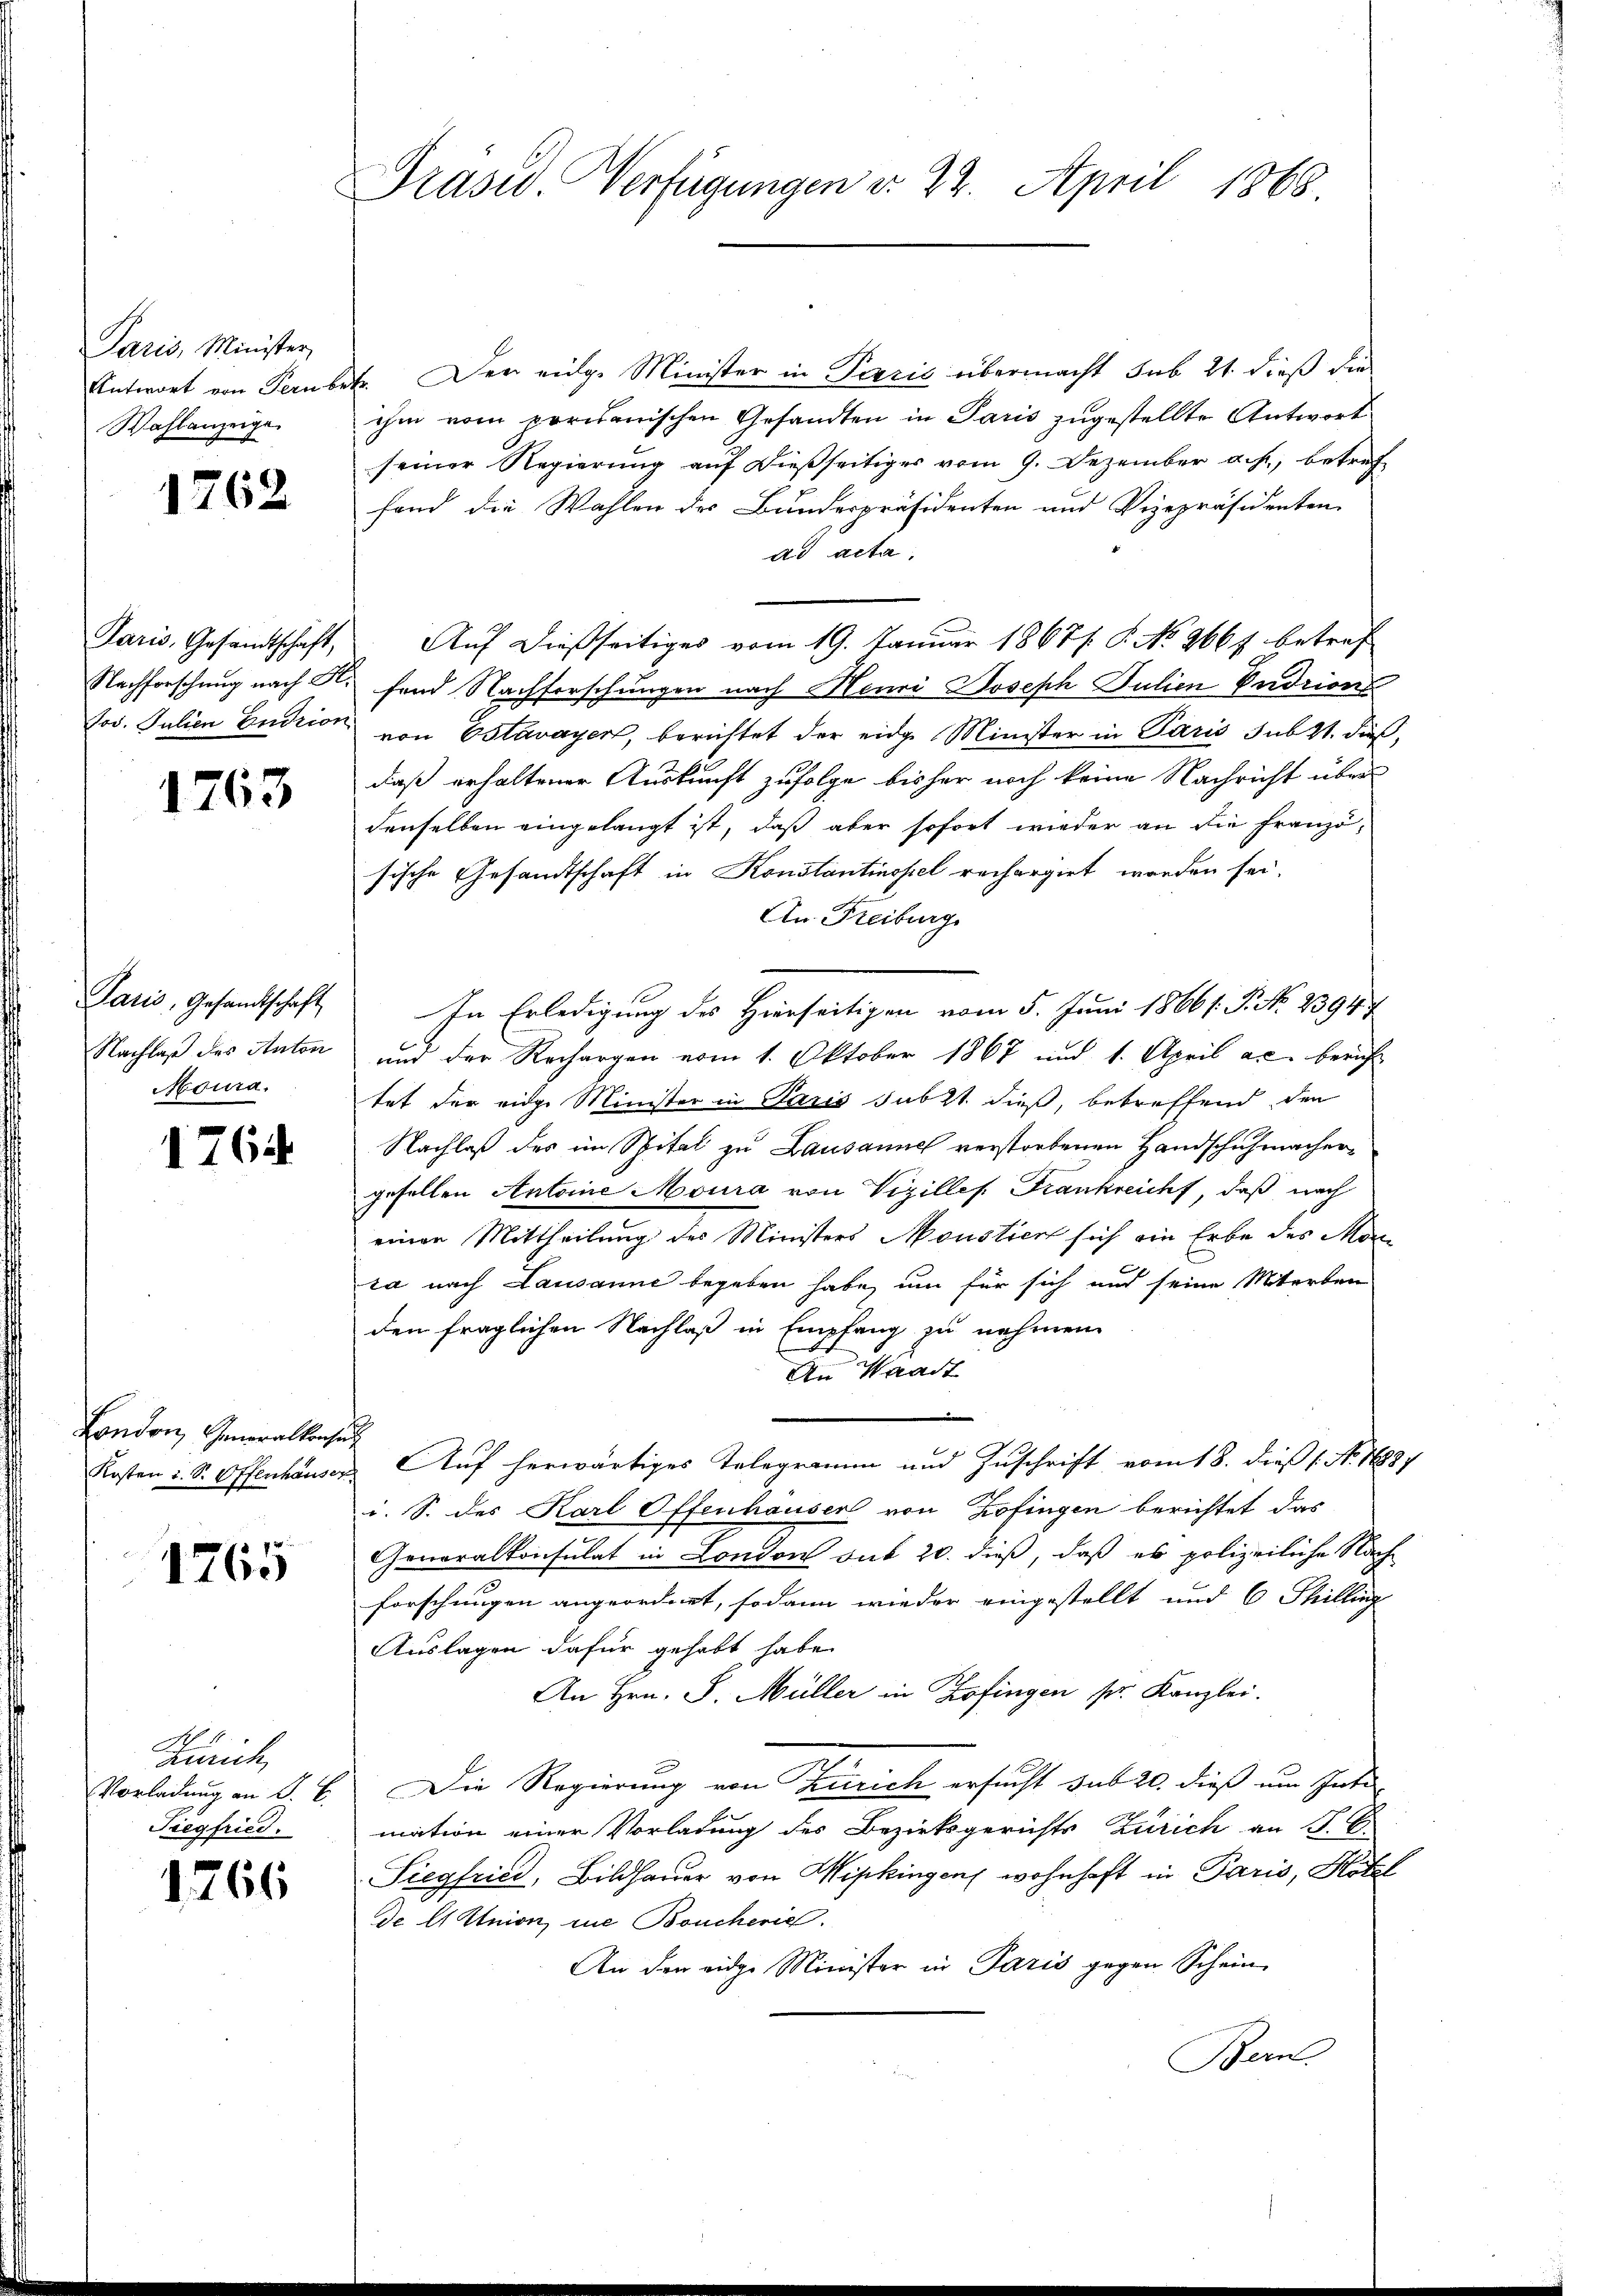
Paris, Minister,
Antwort von Fern be
Wahlanzeige

1762

Paris, Gesandtschaft,
Nachforschung nach Al.
Jos. Julien Endrion

1763

Paris, Gesandtschaft
Nachlaß des Anton
Moura.

1764

London, Generalkonsen
Kosten u. S. Offenhauser

1765

Zürich,
Vorladung an P. C.
Tiegfried.

1766

Präsid. Verfügungen v. 22. April 1868

E. Der eidg. Minister in Paris übermacht sub 21. dieß die
ihm vom perikanischen Gesandten in Paris zugestellte Antwort
seiner Regierung auf dießseitiges vom 9. Dezember a.h., betref
fand die Wahlen des Bundespräsidenten und Vizepräsidenten
ad acta,
Auf dießseitiges vom 19. Januar 1867/. P. No 266 f. betref
fend Nachforschungen nach Neuri Joseph Julien Pudrion
von Estavayer, berichtet der eidge Minister in Paris sub 21. dieß,
daß erhaltener Auskunft zufolge bisher noch keine Nachricht über
denselben eingelangt ist, daß aber sofort wieder an die Franzö-
sische Gesandtschaft in Konstantinopel rechargirt worden sei.
An Freiburg
In Erledigung des Hierseitigen vom 5. Juni 1866/. P. No. 23947
und der Rechargen vom 1. Oktober 1867 und 1. April a. berich
tet der eige Minister in Paris subst dieß, betreffend den
Nachlaß des im Spital zu Lausanne verstorbenen Handschuhmachergesellen Antoine Moura von Vizilles Frankreicht, daß nach
einen Mittheilung des Ministers Monstiert sich ein Erbe des Morsa nach Lausanne begeben habe, um für sich und seine Miterben
den fraglichen Nachlaß in Empfang zu nehmen.
An Waadt
Auf herwärtiges Telegramm und Zuschrift vom 18. dieß (: No. 1883/
i. S. des Karl Offenhauser von Zofingen berichtet das
Generalkonsulat in London sub 20. dieß, daß es polizeiliche Nach
forschungen angeordnet, sodann wieder eingestellt und 6 Thilling
Auslagen dafür gehabt habe.
An Hrn. J. Müller in Zofingen pr. Kanzlei.
Die Regierung von Zürich ersucht sub 20. dieß um Inti-
mation einer Vorladung des Bezirksgerichts Zürich an P. C.
Siegfried, Bildhauer von Wipkingen wohnhaft in Paris, Hotel
de Hittnion eine Boucheric
An der eidge Minister in Paris gegen Schein-
Bern.